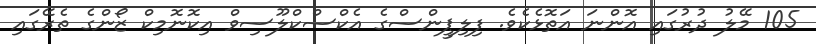
105 މޭލު ދުރުގައި އޮންނަ އަތޮޅެކެވެ. ފިލިޕީންސްގެ އެކްސްކްލޫސިވް އިކޮނޮމިކް ޒޯންގެ ތެރޭގައި